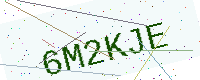
Text: 6M2KJE